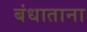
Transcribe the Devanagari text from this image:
बंधाताना